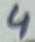
Text: 4